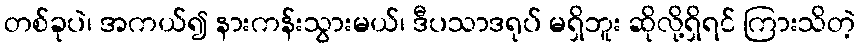
တစ်ခုပဲ၊ အကယ်၍ နားကန်းသွားမယ်၊ ဒီပသာဒရုပ် မရှိဘူး ဆိုလို့ရှိရင် ကြားသိတဲ့